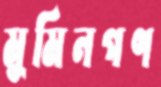
মুমিনগণ